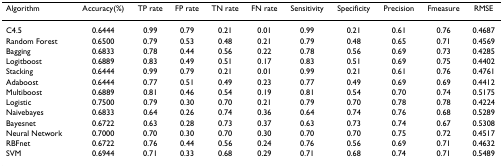
| Algorithm | Accuracy(%) | TP rate | FP rate | TN rate | FN rate | Sensitivity | Specificity | Precision | Fmeasure | RMSE |
 | --- | --- | --- | --- | --- | --- | --- | --- | --- | --- | --- |
 | C4.5 | 0.6444 | 0.99 | 0.79 | 0.21 | 0.01 | 0.99 | 0.21 | 0.61 | 0.76 | 0.4687 |
 | Random Forest | 0.6500 | 0.79 | 0.53 | 0.48 | 0.21 | 0.79 | 0.48 | 0.65 | 0.71 | 0.4569 |
 | Bagging | 0.6833 | 0.78 | 0.44 | 0.56 | 0.22 | 0.78 | 0.56 | 0.69 | 0.73 | 0.4285 |
 | Logitboost | 0.6889 | 0.83 | 0.49 | 0.51 | 0.17 | 0.83 | 0.51 | 0.69 | 0.75 | 0.4402 |
 | Stacking | 0.6444 | 0.99 | 0.79 | 0.21 | 0.01 | 0.99 | 0.21 | 0.61 | 0.76 | 0.4761 |
 | Adaboost | 0.6444 | 0.77 | 0.51 | 0.49 | 0.23 | 0.77 | 0.49 | 0.69 | 0.69 | 0.4412 |
 | Multiboost | 0.6889 | 0.81 | 0.46 | 0.54 | 0.19 | 0.81 | 0.54 | 0.70 | 0.74 | 0.5175 |
 | Logistic | 0.7500 | 0.79 | 0.30 | 0.70 | 0.21 | 0.79 | 0.70 | 0.78 | 0.78 | 0.4224 |
 | Naivebayes | 0.6833 | 0.64 | 0.26 | 0.74 | 0.36 | 0.64 | 0.74 | 0.76 | 0.68 | 0.5289 |
 | Bayesnet | 0.6722 | 0.63 | 0.28 | 0.73 | 0.37 | 0.63 | 0.73 | 0.74 | 0.67 | 0.5308 |
 | Neural Network | 0.7000 | 0.70 | 0.30 | 0.70 | 0.30 | 0.70 | 0.70 | 0.75 | 0.72 | 0.4517 |
 | RBFnet | 0.6722 | 0.76 | 0.44 | 0.56 | 0.24 | 0.76 | 0.56 | 0.69 | 0.71 | 0.4632 |
 | SVM | 0.6944 | 0.71 | 0.33 | 0.68 | 0.29 | 0.71 | 0.68 | 0.74 | 0.71 | 0.5489 |